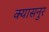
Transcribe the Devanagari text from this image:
क्यासनुर